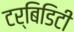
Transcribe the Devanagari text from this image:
टर्बिडिटी